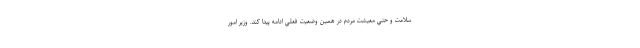
سلامت و حتي معيشت مردم در همين وضعيت فعلي ادامه پيدا كند. وزير امور